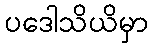
ပဒေါသိယိမှာ